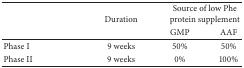
<table><thead><tr><td rowspan="2"></td><td rowspan="2"><b>Duration</b></td><td colspan="2"><b>Source of low Phe protein supplement</b></td></tr><tr><td><b>GMP</b></td><td><b>AAF</b></td></tr></thead><tbody><tr><td>Phase I</td><td>9 weeks</td><td>50%</td><td>50%</td></tr><tr><td>Phase II</td><td>9 weeks</td><td>0%</td><td>100%</td></tr></tbody></table>